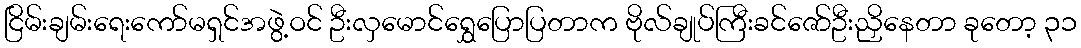
ငြိမ်းချမ်းရေးကော်မရှင်အဖွဲ့ဝင် ဦးလှမောင်ရွှေပြောပြတာက ဗိုလ်ချုပ်ကြီးခင်ဇော်ဦးညှိနေတာ ခုတော့ ၃၁